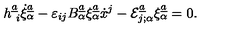
h _ { \ i } ^ { \underline { { a } } } \dot { \xi } _ { \alpha } ^ { \underline { { a } } } - \varepsilon _ { i j } B _ { \alpha } ^ { \underline { { a } } } \xi _ { \alpha } ^ { \underline { { a } } } \dot { x } ^ { j } - { \cal E } _ { j ; \alpha } ^ { \underline { { a } } } \xi _ { \alpha } ^ { \underline { { a } } } = 0 .